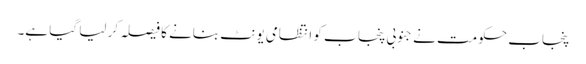
پنجاب حکومت نے جنوبی پنجا ب کو انتظامی یونٹ بنانے کا فیصلہ کر لیا گیا ہے۔